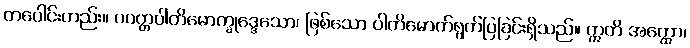
တပေါင်းတည်း။ ပဝတ္တပါတိမောက္ခုဒ္ဒေသော၊ ဖြစ်သော ပါတိမောက်ရွတ်ပြခြင်းရှိသည်။ ဣတိ အတ္ထော၊